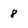
Character: 8